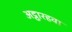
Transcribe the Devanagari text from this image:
अट्ठारहवा